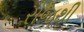
રોજથી